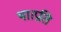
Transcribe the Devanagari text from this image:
था।प्रति